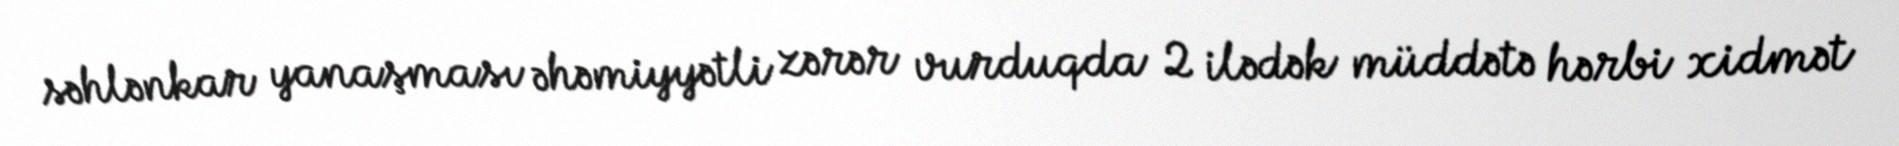
səhlənkar yanaşması əhəmiyyətli zərər vurduqda 2 ilədək müddətə hərbi xidmət